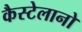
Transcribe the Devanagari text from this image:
कैस्टेलानो